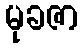
မုခဇာ